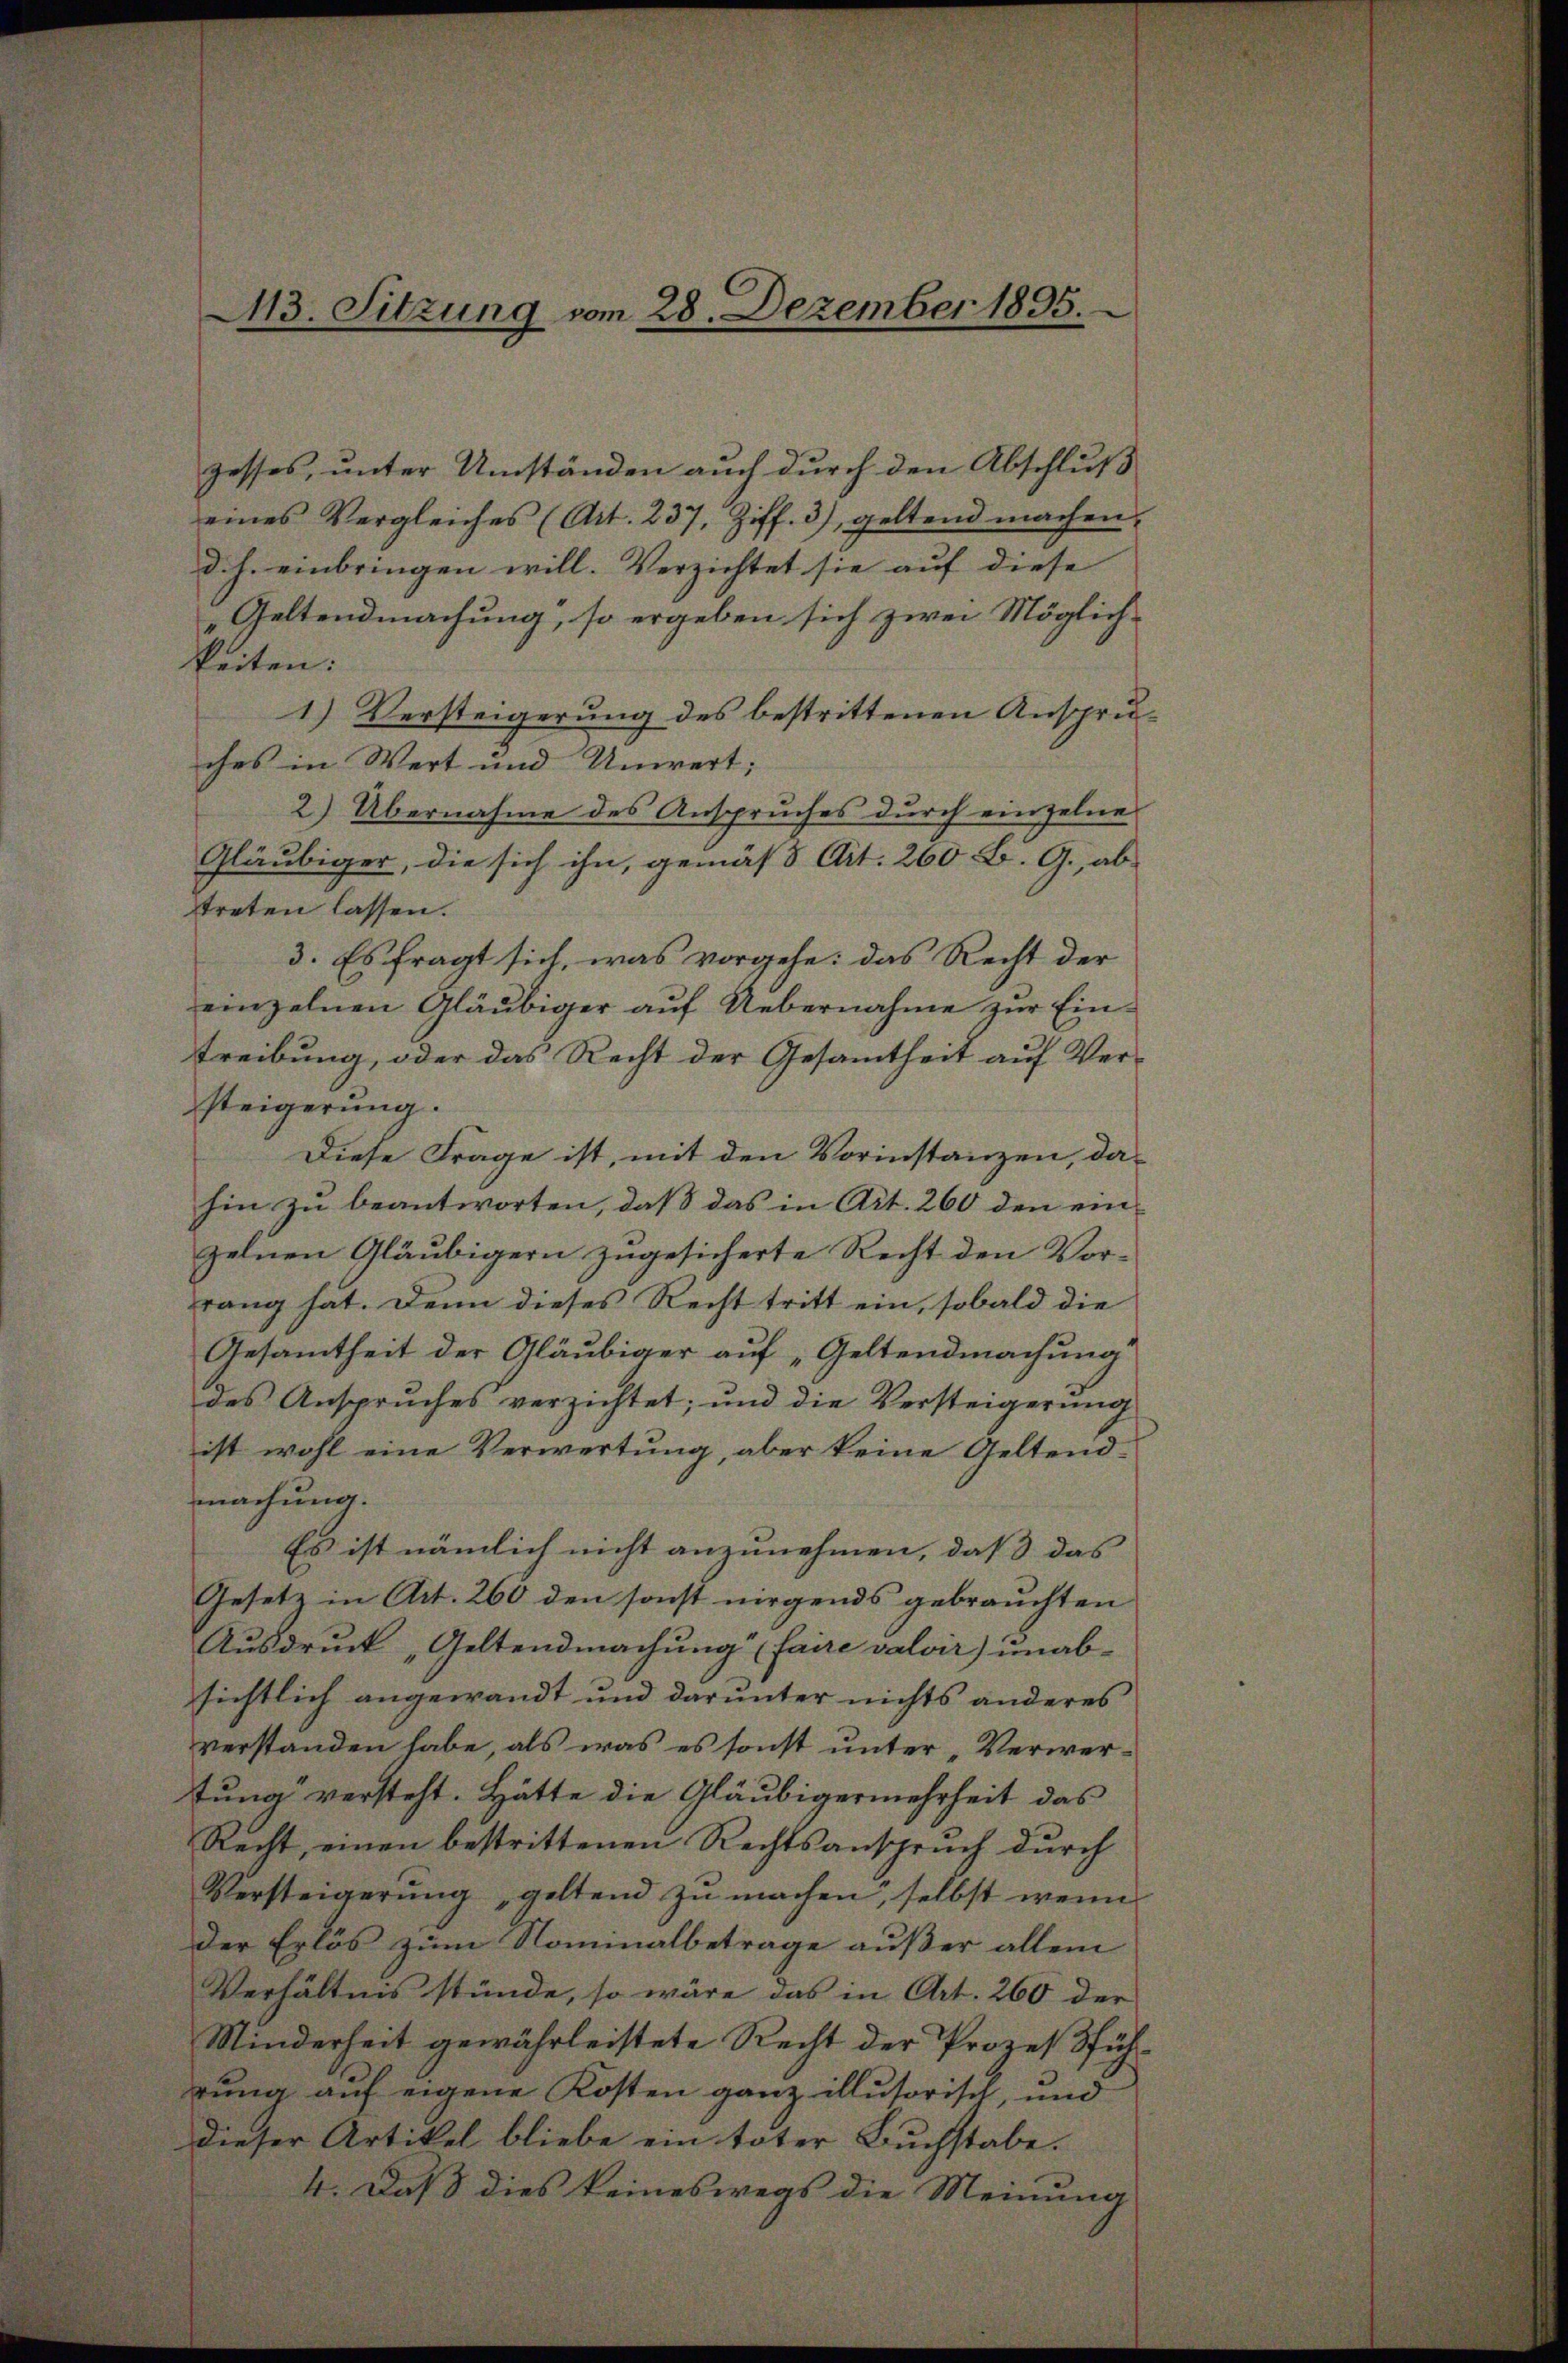
M3. Sitzung vom 28. Dezember 1895.

zesses, unter Umständen auch durch den Abschluß
eines Vergleiches (Art. 237, Ziff. 3), geltend machen.
d. h. einbringen will. Verzichtet sie auf diese
Geltendmachung, so ergeben sich zwei Möglich-
keiten:
1) Versteigerung des bestrittenen Anspruches in Wert und Unwert;
2) Übernahme des Anspruches durch einzelne
Gläubiger, die sich ihn, gemäß Art. 260. B. G., ab-
treten lassen.
3. Es fragt sich, was vorgehe: das Recht der
einzelnen Gläubiger auf Uebernahme zur Eintreibung, oder das Recht der Gesamtheit auf Ver-
steigerung.
Diese Frage ist, mit den Vorinstanzen, dahin zu beantworten, daß das in Art. 260 den einzelnen Gläubigern zugesicherte Recht den Vorrang hat. Denn dieses Recht tritt ein, sobald die
Gesamtheit der Gläubiger auf „Geltendmachung
des Anspruches verzichtet; und die Versteigerŭng
ist wohl eine Verwertung, aber keine Geltendmachung.
Es ist nämlich nicht anzunehmen, dass das |
Gesetz in Art. 260 den sonst nirgends gebrauchten
Ausdruck Geltendmachung (faire valoir) unabsichtlich angewandt und darunter nichts anderes
verstanden habe, als was es sonst unter „Verwertung versteht. Hätte die Gläubigermehrheit das
Recht, einen bestrittenen Rechtsanspruch durch
Versteigerung geltend zu machen, selbst wenn
der Erlös zum Nominalbetrage außer allein
Verhältnis stünde, so wäre das in Art. 260 der
Minderheit gewährleistete Recht der Prozeßführung auf eigene Kosten ganz illusorisch, und
dieser Artikel bliebe ein toter Buchstabe.
4. Daß dies keineswegs die Meinung